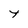
Character: t